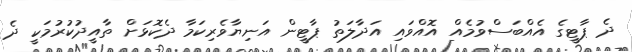
ދެ ޕާޓީގެ އެއްބަސްވުމެއް އޮއްވައި އަދާލަތު ޕާޓީން އަނިޔާވެރިކަމާ ދެކޮޅަށް ތާއީދުކުރުމަކީ ދެ